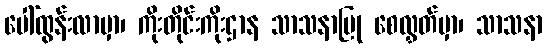
ပေါ်ထွန်းလာမှာ၊ ကိုးတိုင်းကိုးဌာန သာသနာပြု စေလွှတ်မှာ၊ သာသနာ